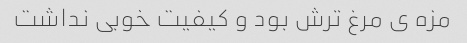
مزه ی مرغ ترش بود و کیفیت خوبی نداشت